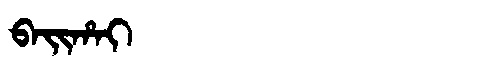
Manchu: ᠪᠠᡳᡥᠠᡳ
Romanization: BAIHAI